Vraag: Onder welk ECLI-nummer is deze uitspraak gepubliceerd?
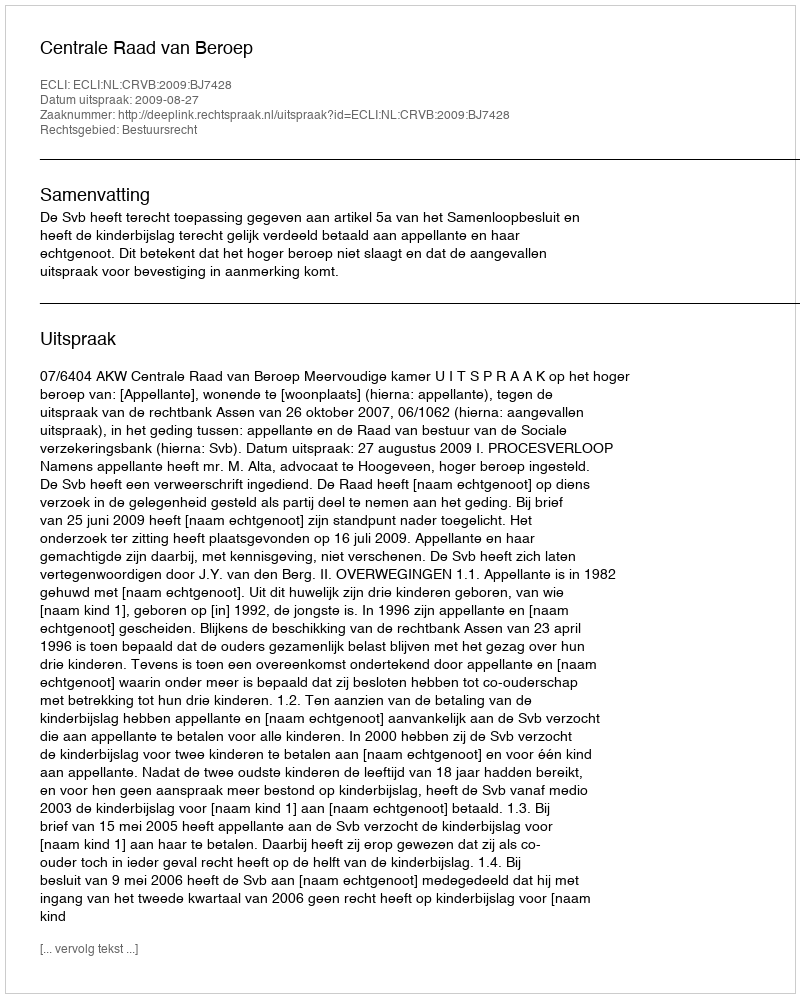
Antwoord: ECLI:NL:CRVB:2009:BJ7428